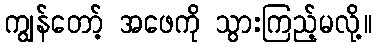
ကျွန်တော့် အဖေကို သွားကြည့်မလို့။